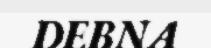
DEBNA